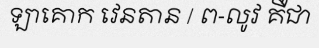
ឡាគោក វេនតាន / ព-លូវ គឺជា